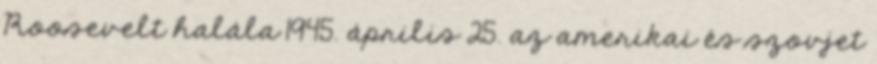
Roosevelt halála 1945. április 25. az amerikai és szovjet